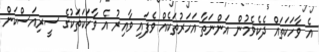
އެ ވާހަކަތައް ދެކެވެމުން އަންނަތާ އަހަރުތަކެއް ވެފައި ވާއިރު އެ ވާހަކަތަކުގެ ސީރިއަސްކަން